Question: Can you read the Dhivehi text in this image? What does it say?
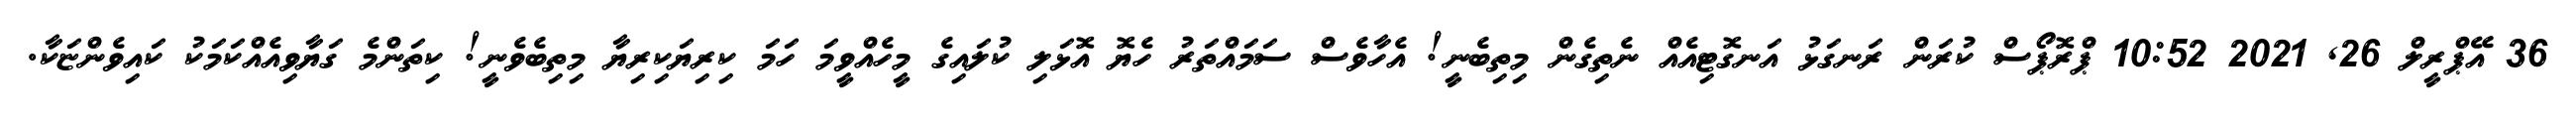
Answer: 36 އޭޕްރީލް 26, 2021 10:52 ޕްރޮޕޯސް ކުރަން ރަނގަޅު އަނގޮޓިއެއް ނެތިގެން މިތިބެނީ! އެހާވެސް ސަމައްތަރު ހެޔޮ އޮޅަލި ކުލައިގެ މީހެއްވީމަ ހަމަ ކިރިޔަކިރިޔާ މިތިބެވެނީ! ކިތަންމެ ގަޔާވިއެއްކަމަކު ކައިވެންޏަކާ.